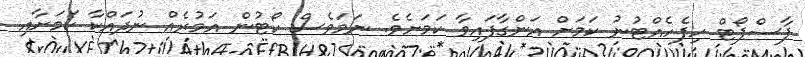
ޕާސްޕޯޓް ހިފެހެއްޓުނު ކަމަށް އަންގާފައިވާ ކަމަށެވެ. ނަމަވެސް ކޯޓުން އަމުރެއް ނުދައްކާ ކަމަށާއި